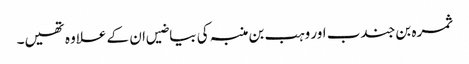
ثمرہ بن جندب اور وہب بن منبہ کی بیاضیں ان کے علاوہ تھیں۔